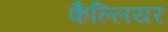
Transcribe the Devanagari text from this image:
कैल्लियर